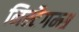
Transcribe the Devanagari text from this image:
निस्टैगम्स